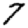
Digit: 7